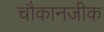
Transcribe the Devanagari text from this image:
चौकानजीक